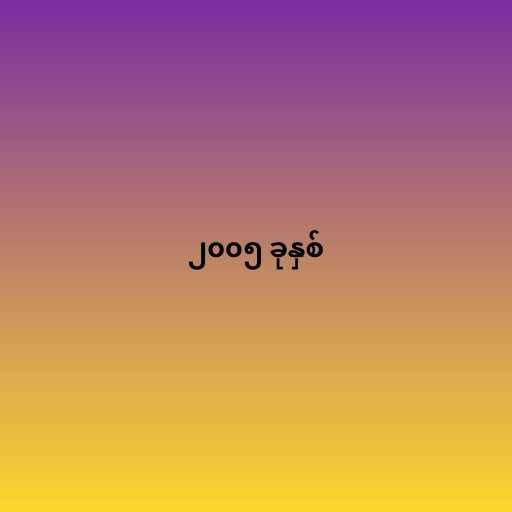
၂၀၀၅ ခုနှစ်